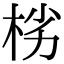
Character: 㭞